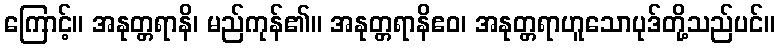
ကြောင့်။ အနုတ္တရာနိ၊ မည်ကုန်၏။ အနုတ္တရာနိဧဝ၊ အနုတ္တရာဟူသောပုဒ်တို့သည်ပင်။